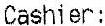
CASHIER: